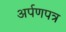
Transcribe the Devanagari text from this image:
अर्पणपत्र